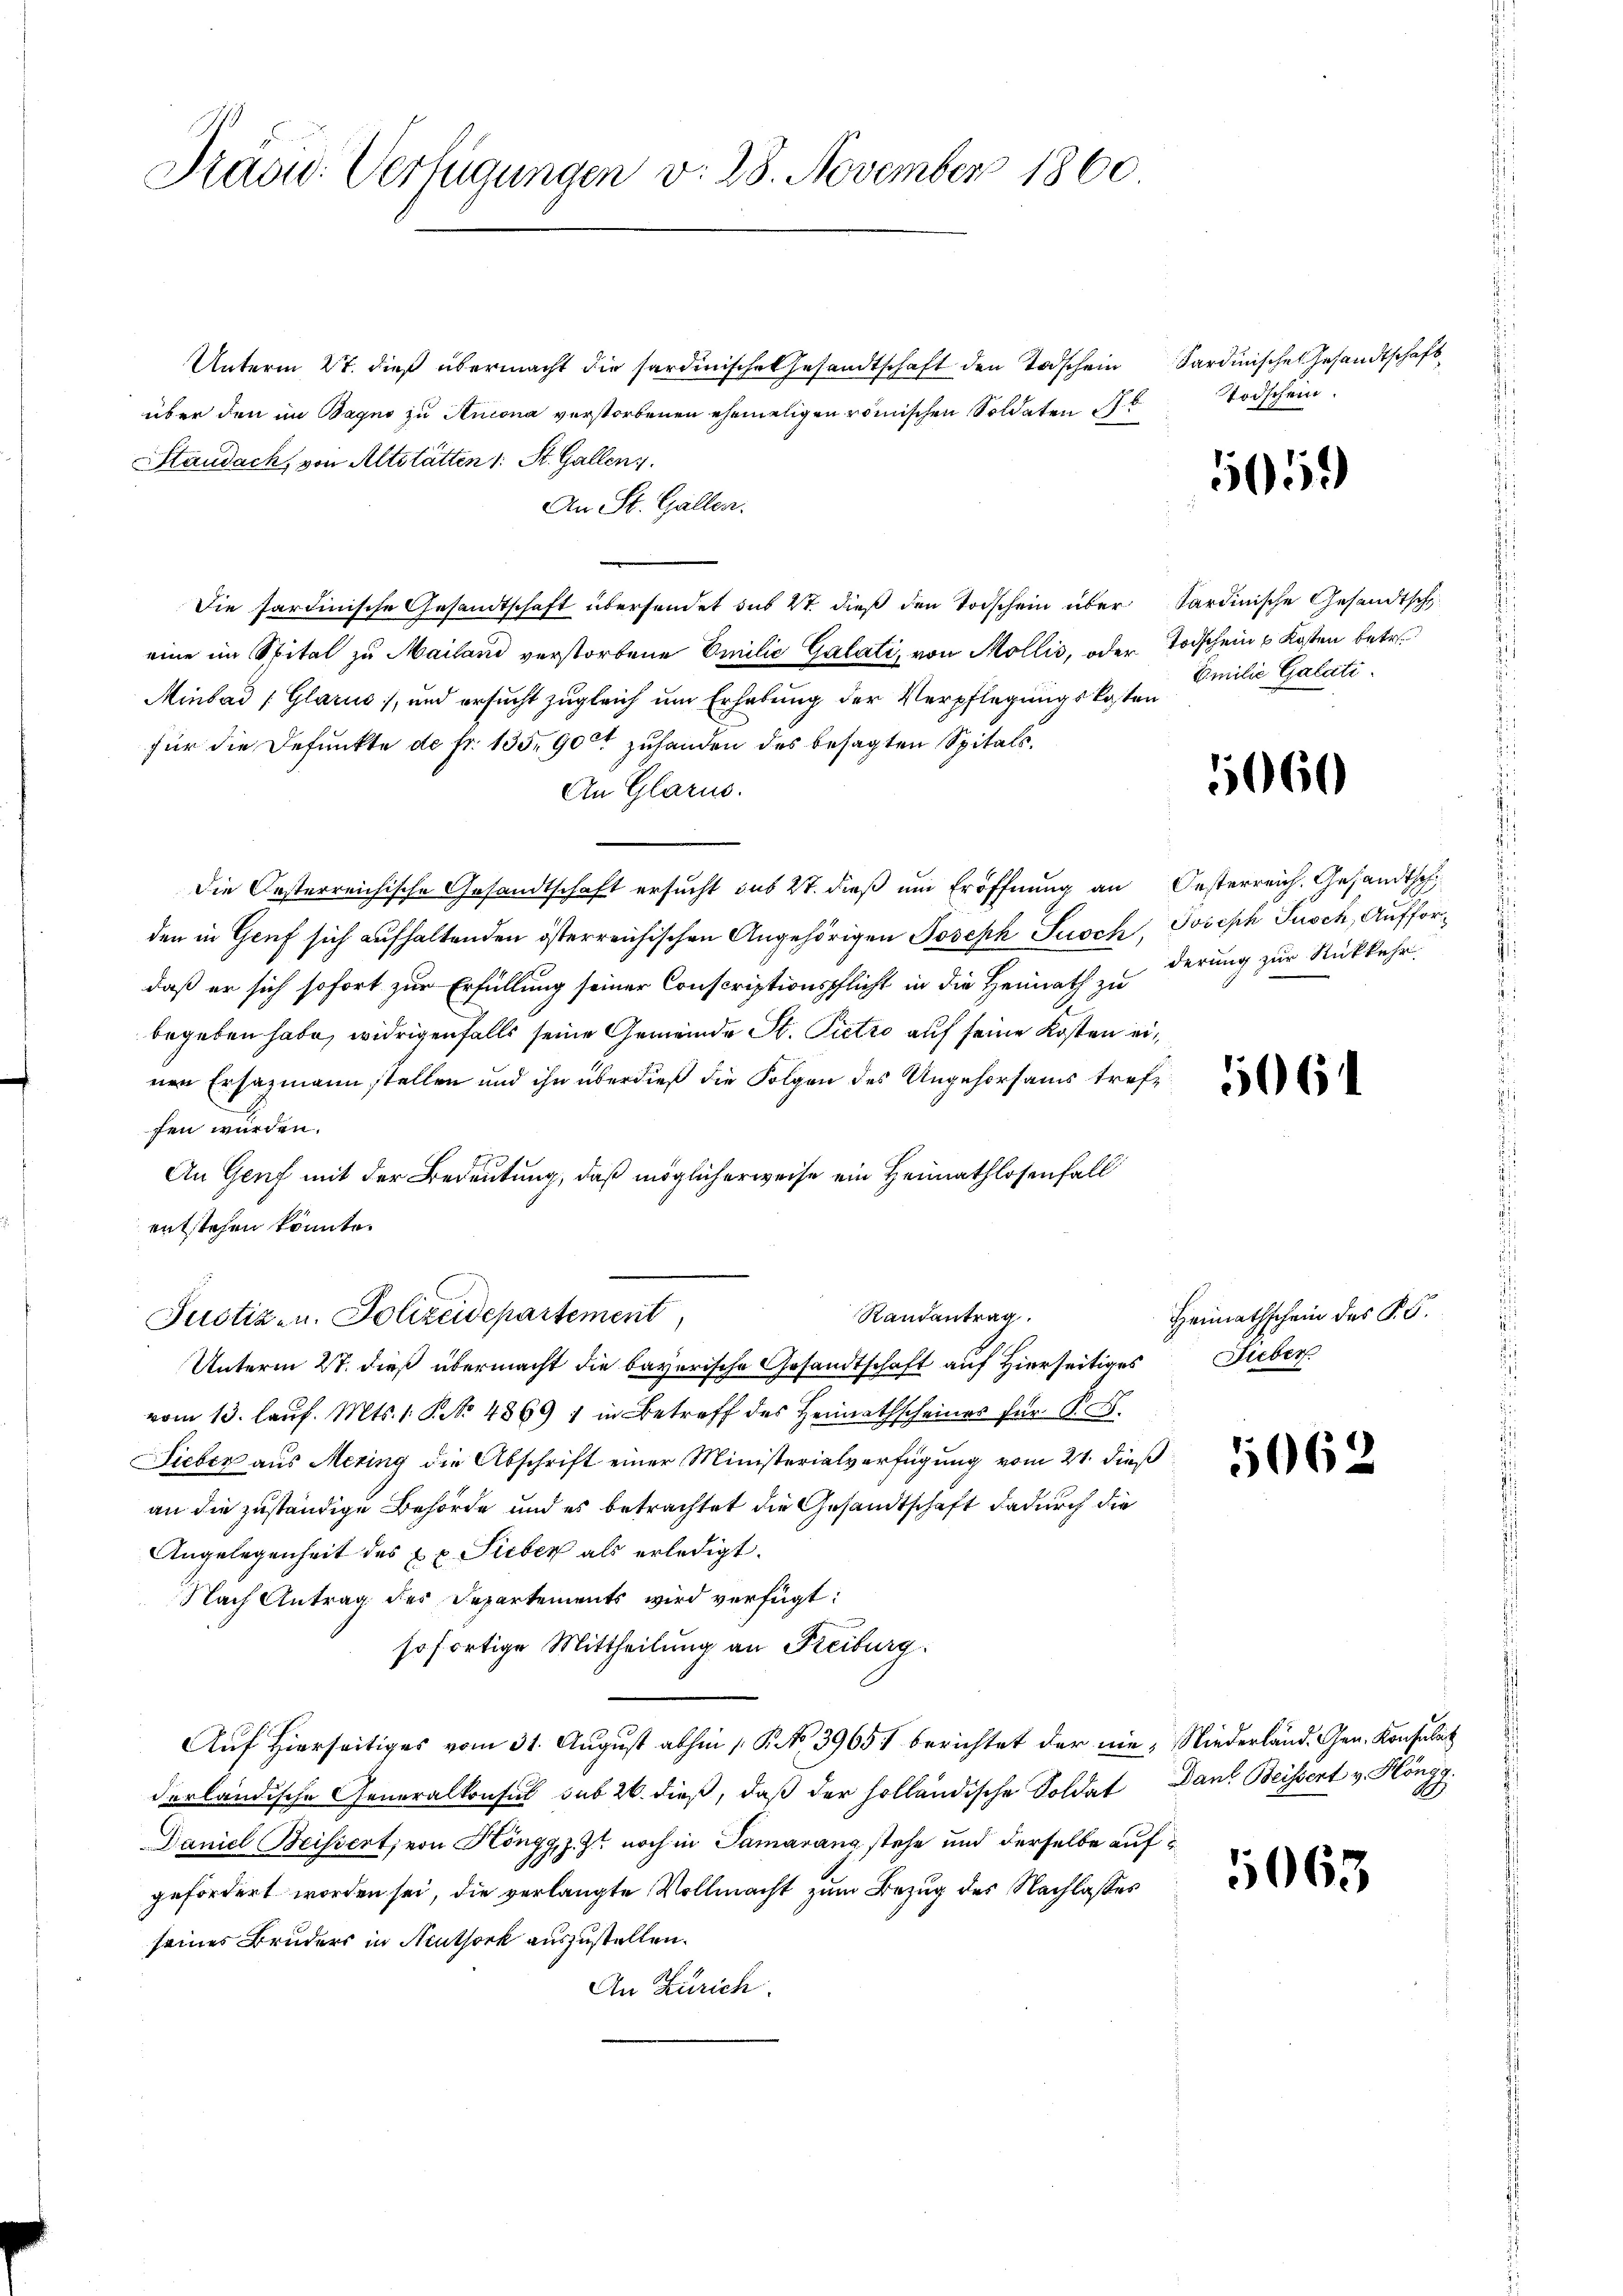
Sadw. Verfügungen v. 23. November 1860.

Unterm 27. dieß übermacht die sardinische Gesandtschaft den Todschein
über den in Bagno zu Ancona verstorbenen ehemaligen römischen Soldaten b
Staudach, von Altstätten 1 St. Gallenz
An St. Gallen.
Die Sardinische Gesandtschaft übersendet sus ist dieß den Todschein übereine im Spital zu Mailand verstorbene Emilie Galati, von Mollis, oder Todschein 6 Kosten betr.
Minbad (Glarus, und ersucht zugleich um Erhebung der Verpflegungskosten
für die Defunkte de fr. 135. 900 zuhanden des besagten Spitals¬
An Glarus.
Die Oesterreichische Gesandtschaft ersucht sub 27. dieß um Eröffnung an
den in Genf sich aufhaltenden österreichischen Angehörigen Joseph Susch, Joseph Pusch, Auffordaß er sich sofort zur Erfüllung seiner Conscriptionspflicht in die Heimath zu
begeben habe, widrigenfalls seine Gemeinde St. Pietro auf seine Kosten einen Ersazmann stellen und ihn überdieß die Folgen des Ungehorsams treffen würden.
An Genf mit der Bedeutung, daß möglicherweise ein Heimathlosenfall
entstehen könnte.
Randantrag.
Justiz- u. Polizeidepartement,
Unterm 27. dieß übermacht die bayerische Gesandtschaft auf Hierseitiges
vom 13. laŭf. Mts. 1. No. 4869 : in Betreff des Heimathscheines für P. F.
Sieber aus Mering die Abschrift einer Ministerialverfügung vom 21. dieß
an die zuständige Behörde und es betrachtet die Gesandtschaft dadurch die
Angelegenheit des xx. Sieber als erledigt.
Nach Antrag des Departements wird verfügt:
sofortige Mittheilung an Freiburg.
Auf Hierseitiges vom 31. August abhin 1 P. No 39651 berichtet der nie, Niederländ. Gen. Konsulat
derländische Generalkonsul sub 20. dieß, daß der holländische Soldat
Daniel Beissert, von Höngg, z. Z. noch in Samarang stehe und derselbe auf
gefordert worden sei, die verlangte Vollmacht zum Bezug des Nachlasses
seines Bruders in Neuthork auszustellen.
An Zürich.

Sardinischen Gesandtschaft
Todschein

5059

Sardinische Gesandtsch
Emilie Gatati.

5060

Oesterreich. Gesandtsch
derung zur Rückkehr

5064

Heimathschein des PG.
Lieber

5062

Dans Beissert v. Höngg.

1065.